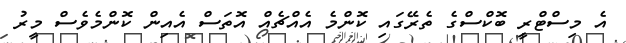
އެ މިސްޓްރީ ބޮކްސްގެ ތެރޭގައި ކޮންމެ އެއްޗެއް އޮތަސް އެއިން ކޮންމެވެސް މީރު